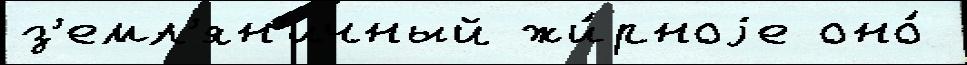
з'емл'ян'ичный жи́рноjе оно́